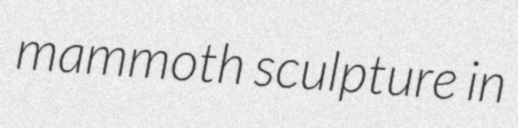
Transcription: mammoth sculpture in